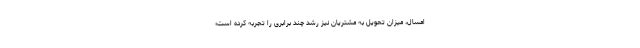
امسال، میزان تحویل به مشتریان نیز رشد چند برابری را تجربه کرده است؛